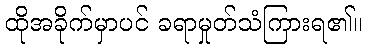
ထိုအခိုက်မှာပင် ခရာမှုတ်သံကြားရ၏။